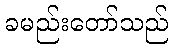
ခမည်းတော်သည်